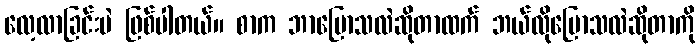
လေ့လာခြင်းပဲ ဖြစ်ပါတယ်။ စာက ဘာပြောသလဲဆိုတာထက် ဘယ်လိုပြောသလဲဆိုတာကို